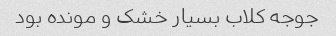
جوجه کلاب بسیار خشک و مونده بود